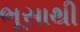
ભૂસાથી